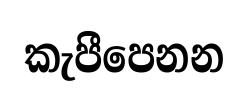
කැපීපෙනන